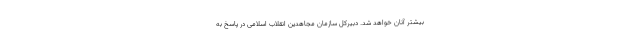
بيشتر آنان خواهد شد. دبیرکل سازمان مجاهدین انقلاب اسلامی در پاسخ به